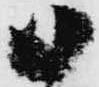
御